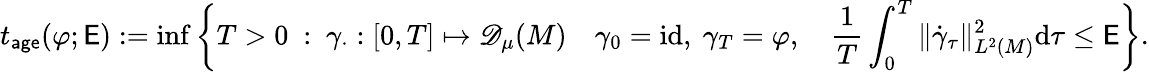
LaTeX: t_{\mathsf{age}}(\varphi;\mathsf{E}):=\operatorname*{inf}\left\{ T>0\ :\ \gamma_{\cdot}:[0,T]\mapsto{\mathscr{D}_{\mu}(M)}\quad\gamma_{0}=\mathrm{id},\ \gamma_{T}=\varphi,\quad\frac{1}{T}\int_{0}^{T}\| \dot{\gamma}_{\tau}\| _{L^{2}(M)}^{2}\mathrm{d}\tau\leq\mathsf{E}\right\} .